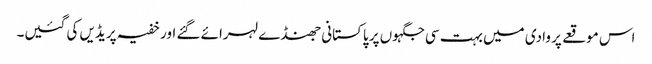
اس موقعے پر وادی میں بہت سی جگہوں پر پاکستانی جھنڈے لہرائے گئے اور خفیہ پریڈیں کی گئیں۔